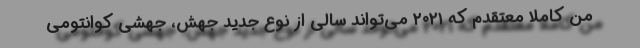
من کاملا معتقدم که ۲۰۲۱ می‌تواند سالی از نوع جدید جهش، جهشی کوانتومی